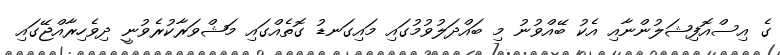
ގެ އިސްއޮފިޝަލުންނާއި އެކު ބޭއްވުނު މި ބައްދަލުވުމުގައި މައިގަނޑު ގޮތެއްގައި މަޝްވަރާކުރެވުނީ ދިވެހިރާއްޖޭގައި